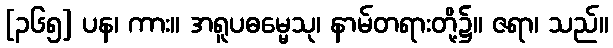
[၃၆၅] ပန၊ ကား။ အရူပဓမ္မေသု၊ နာမ်တရားတို့၌။ ဇရာ၊ သည်။